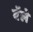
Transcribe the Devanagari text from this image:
वॅले